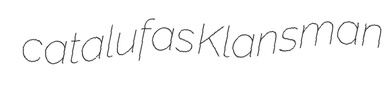
catalufas Klansman